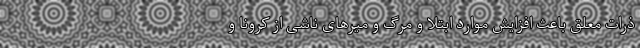
ذرات معلق باعث افزایش موارد ابتلا و مرگ و میر‌های ناشی از کرونا و